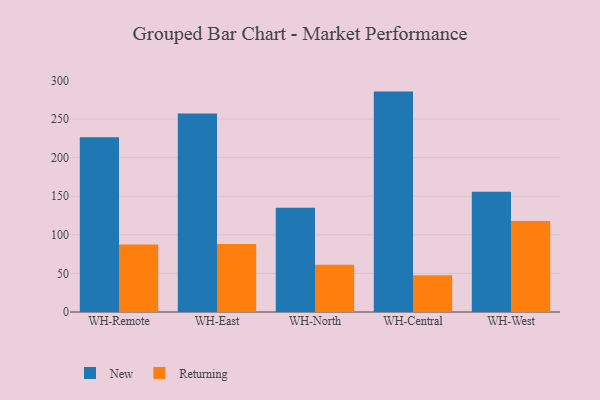
{"axis": {"x": "Warehouse", "y": "Energy Usage (MWh)"}, "legend": ["New", "Returning"], "data": [{"x": "WH-Remote", "y": 226.5, "type": "New"}, {"x": "WH-Remote", "y": 87.4, "type": "Returning"}, {"x": "WH-East", "y": 257.2, "type": "New"}, {"x": "WH-East", "y": 88.1, "type": "Returning"}, {"x": "WH-North", "y": 135.1, "type": "New"}, {"x": "WH-North", "y": 61.3, "type": "Returning"}, {"x": "WH-Central", "y": 285.5, "type": "New"}, {"x": "WH-Central", "y": 47.5, "type": "Returning"}, {"x": "WH-West", "y": 155.8, "type": "New"}, {"x": "WH-West", "y": 117.8, "type": "Returning"}]}